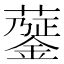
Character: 𧁅